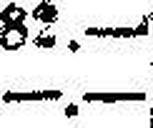
—.—